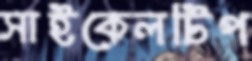
সাইকেলটিপ